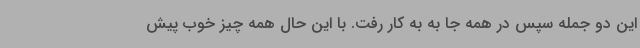
این دو جمله سپس در همه جا به به کار رفت. با این حال همه چیز خوب پیش